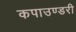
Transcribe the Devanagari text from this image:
कपाउण्डरी